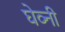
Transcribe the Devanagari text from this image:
घेव्नी